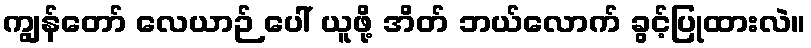
ကျွန်တော် လေယာဉ် ပေါ် ယူဖို့ အိတ် ဘယ်လောက် ခွင့်ပြုထားလဲ။